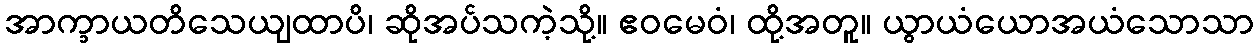
အာက္ခာယတိသေယျထာပိ၊ ဆိုအပ်သကဲ့သို့။ ဧဝမေဝံ၊ ထို့အတူ။ ယွာယံယောအယံသောသာ